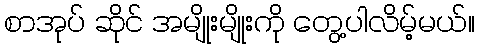
စာအုပ် ဆိုင် အမျိုးမျိုးကို တွေ့ပါလိမ့်မယ်။